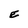
Character: E